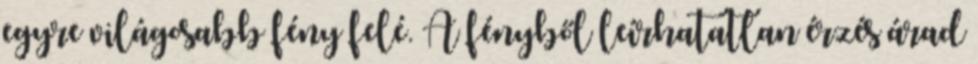
egyre világosabb fény felé. A fényből leírhatatlan érzés árad